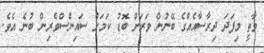
ވާތީ މިފަދަ ދިރާސާއެއްގެ ބޭނުން ވަރަށް ބޮޑު ކަމަށް ސައިންސްވެރިން ބުނެ އެވެ.